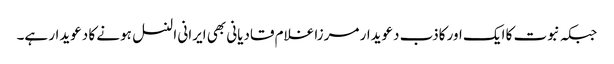
جبکہ نبوت کا ایک اور کاذب دعویدار مرزا غلام قادیانی بھی ایرانی النسل ہونے کا دعویدار ہے۔